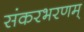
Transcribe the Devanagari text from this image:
संकरभरणम्